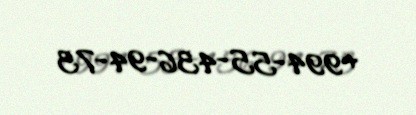
+994-55-436-94-73